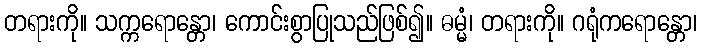
တရားကို။ သက္ကရောန္တော၊ ကောင်းစွာပြုသည်ဖြစ်၍။ ဓမ္မံ၊ တရားကို။ ဂရုံကရောန္တော၊